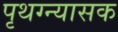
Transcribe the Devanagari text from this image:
पृथग्न्यासक